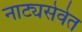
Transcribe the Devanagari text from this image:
नाट्यसेवेत